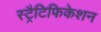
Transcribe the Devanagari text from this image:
स्ट्रैटिफिकेशन